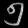
Digit: ၅